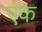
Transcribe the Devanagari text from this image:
एक